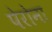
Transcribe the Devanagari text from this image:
पेरोना